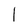
Character: I